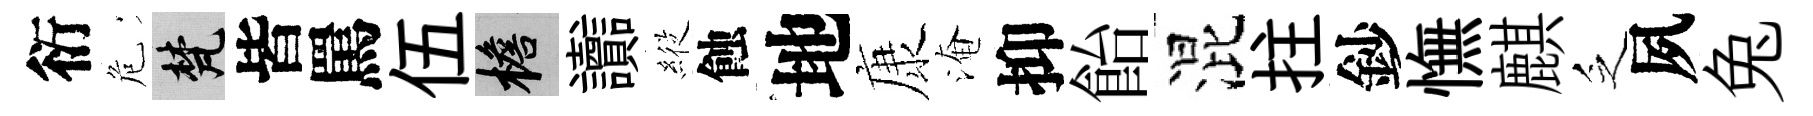
衍危梵皆罵伍檐讟𦂵蝕地康淹抑飴混拄鈔憮麒乏夙兔